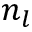
n _ { l }